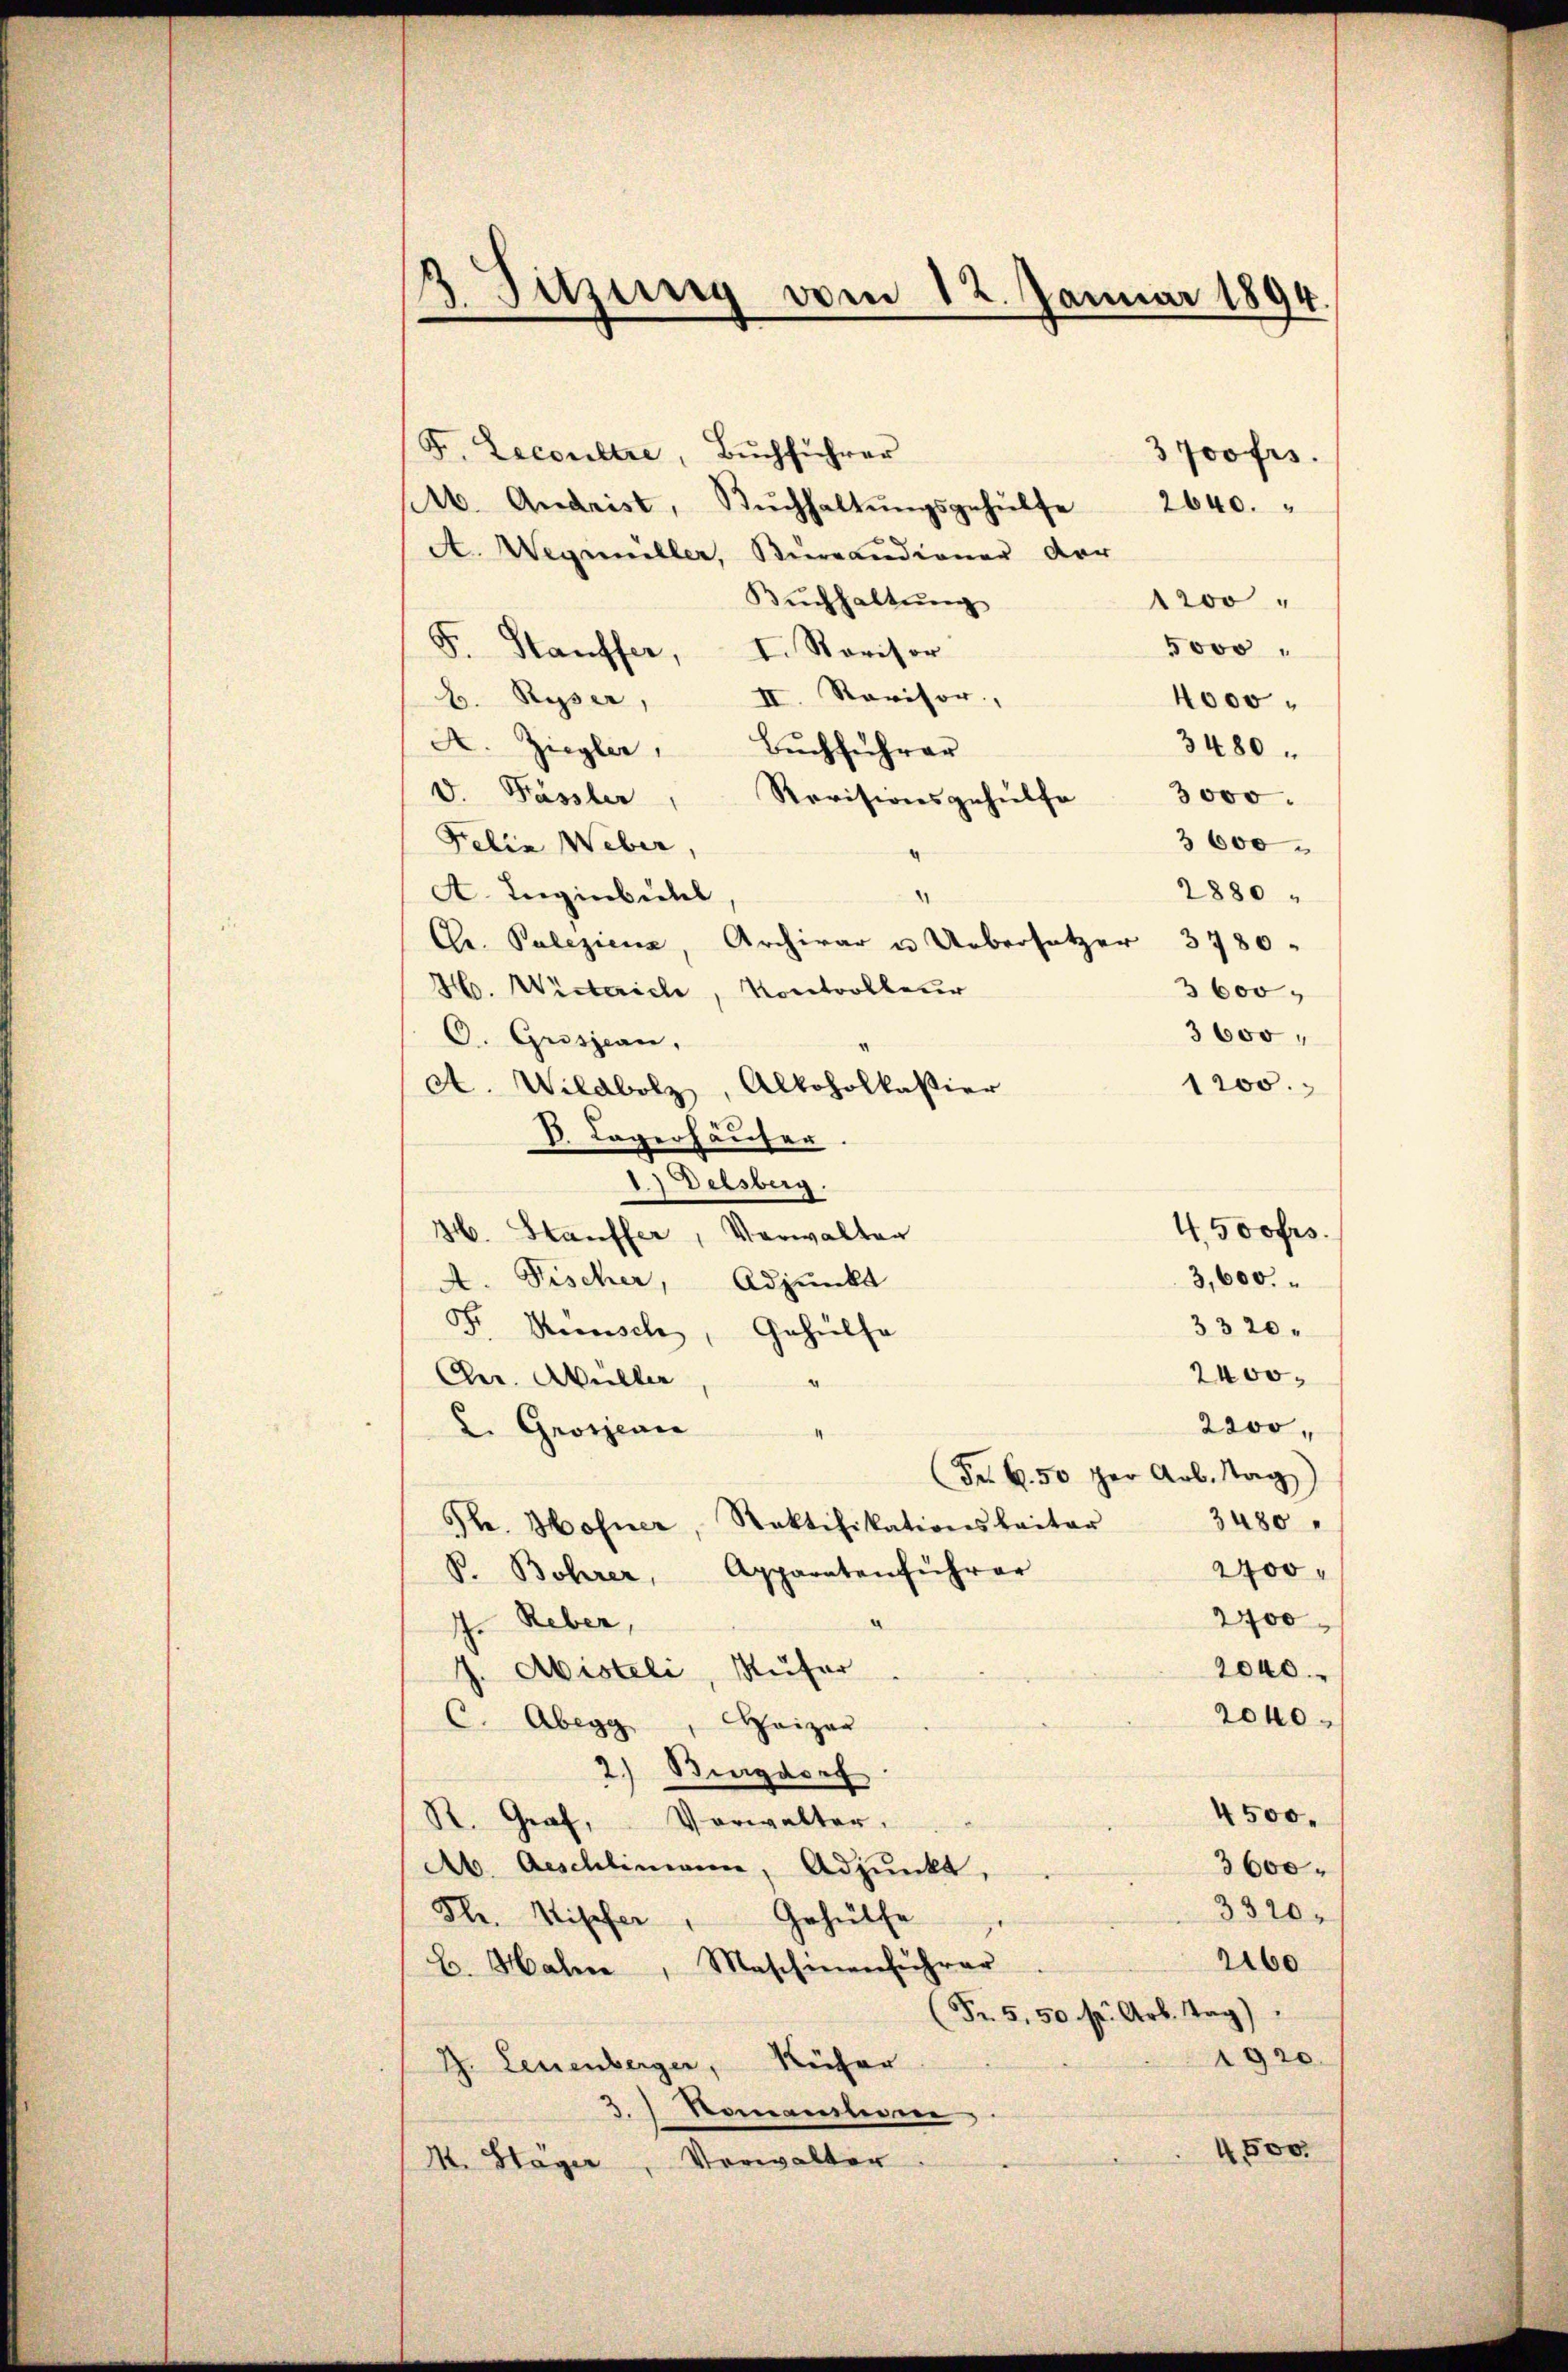
3 Sitzung vom 12. Januar 1894.

F. Leconstre, Bŭchführer
3 Joofrs.
(16. Andrist, Bŭchhaltŭngsgehülfe 2640.
A. Wegemeller, Burcandiener der
Buchhaltung
wo¬
5000
F. Stauffer, I. Revisor
II. Revisor,
b. Ryser,
4000
A. Ziegler, Bŭchführer
3480.
V. Pässler, Revisionsgehülfe 3000.
3600
Felix Weber
4
2880
A. Eugenbühl
“
Gr. Paleziena, Archivar u. Uebersetzer 3780.
Ho. Winterich, Kontrolleur
O. Grisjean,
A. Wildbolz, Alkoholkassier
B. Lagerhäuser
Delsberg.
46. Stauffer, Verwalter
A. Fischer, Adjunkt
F. Wunsch, Gehülfe
2400.
Chr. Müller
4
2200,
2. Groszeni
Frk. 50 per Arb. Nag
3480
S. Hofner, Rektifikationskaitar
2400
P. Bohrer, Apparatenführer
2400
a
I. Reber,
J. Avisteli, Rüfer
2040
2040.
C. Abegg, Spaizar
2) Biegdorf
4500.
R. Graf, Verwalter.
Ab. Aeschlimann, Adjunkt,
3600
3320.
Hlr. Stiefer
Gehülfe
2160
B. Halm, Maschinenführer
Fr. 5, 50 fr. Arb. Tag)
1920
J. Leuenberger, Küfer
Romanlegene
1800.
M. Stäger, Verwalter

3 600
3600
1200.
4. 500 frs.
3,600.
3320.